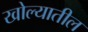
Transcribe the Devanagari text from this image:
खोल्यातील